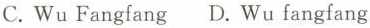
C. Wu Fangfang D. Wu fangfang